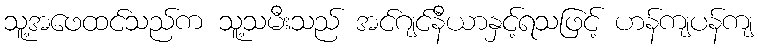
သူ့အဖေထင်သည်က သူ့သမီးသည် အင်ဂျင်နီယာနှင့်ရသဖြင့် ဟန်ကျပန်ကျ